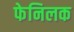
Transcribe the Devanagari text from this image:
फेनिलक